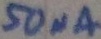
Text: 50µA